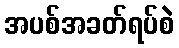
အပစ်အခတ်ရပ်စဲ